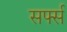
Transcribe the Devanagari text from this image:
सर्फ्स